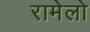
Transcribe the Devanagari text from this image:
रामेलो